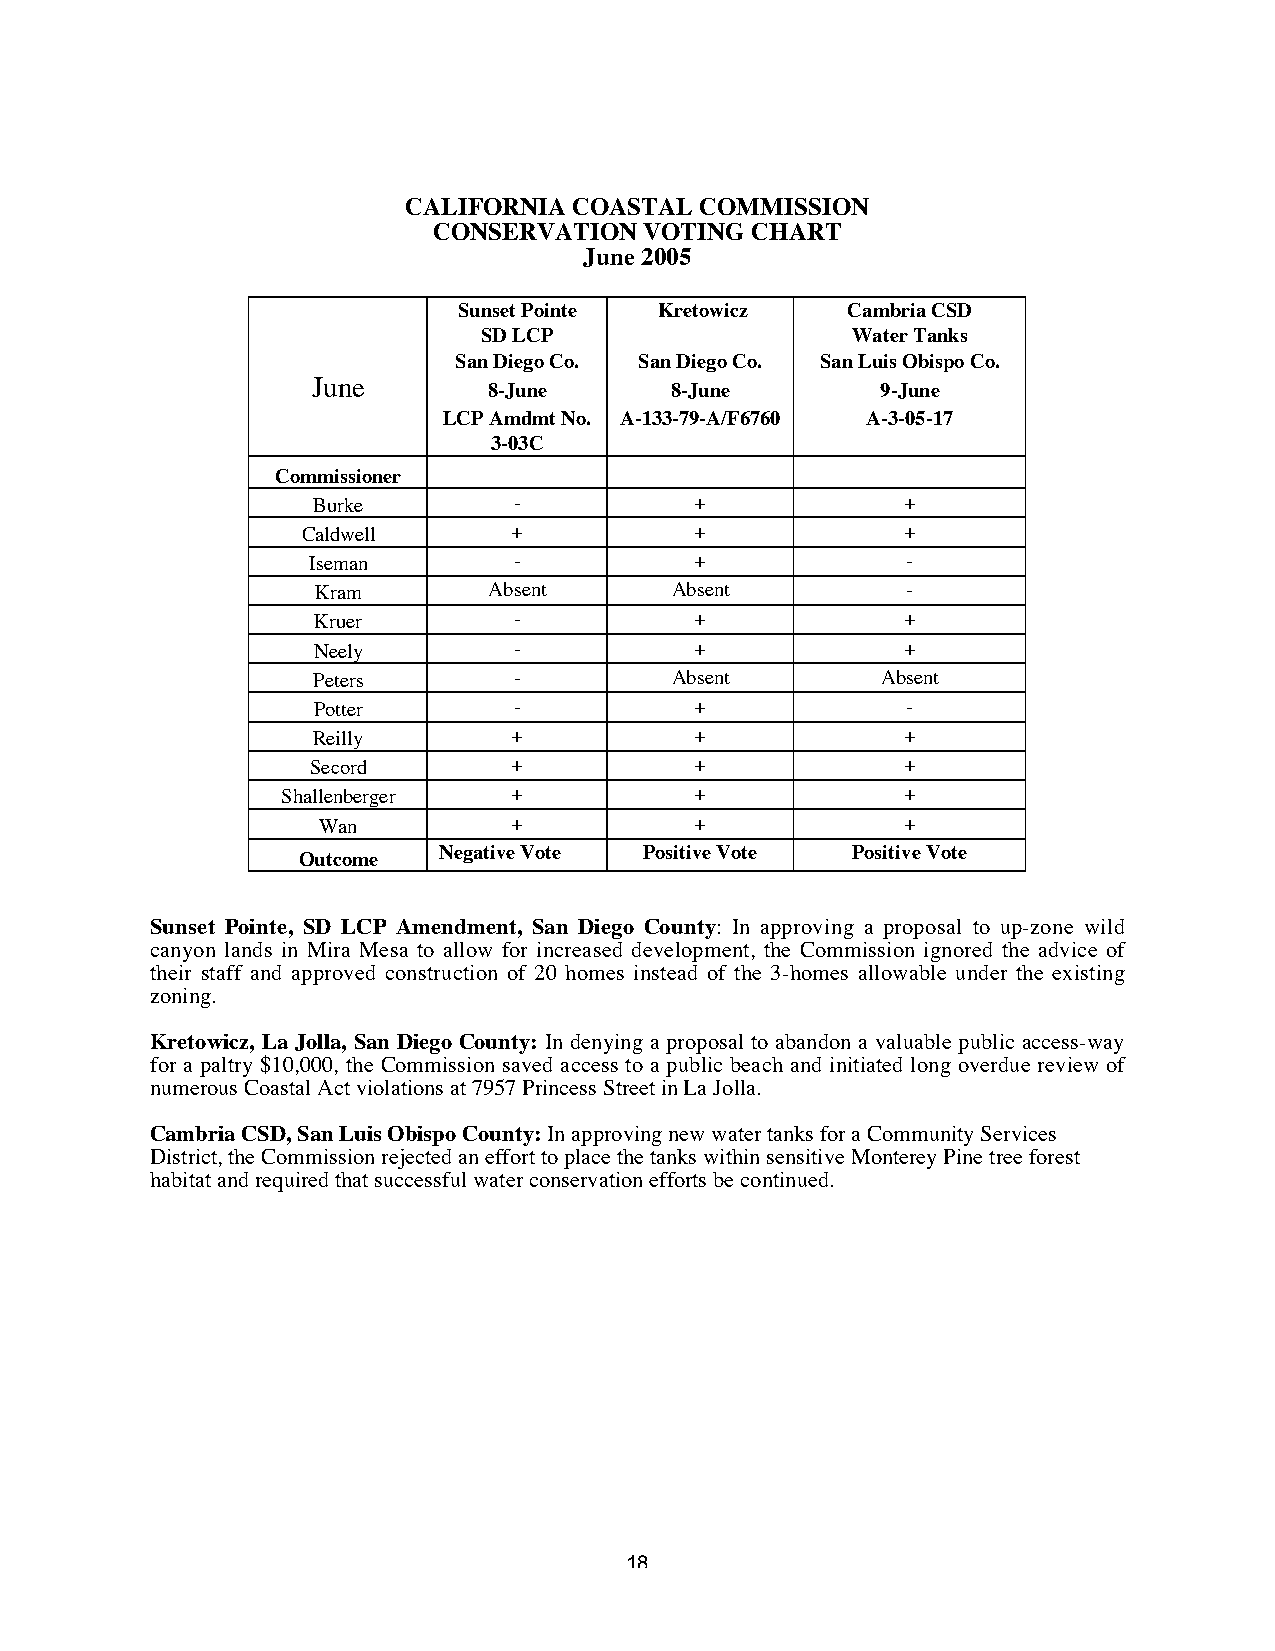
CALIFORNIA COASTAL COMMISSION
 CONSERVATION  VOTING CHART
 June 2005
 Sunset Pointe Kretowicz   Cambria CSD
 SD LCP                  Water Tanks
 San Diego Co. San Diego Co. San Luis Obispo Co.
 June
 8-June      8-June        9-June
 LCP Amdmt No. A-133-79-A/F6760 A-3-05-17
 3-03C
 Commissioner
 Burke        -           +             +
 Caldwell      +           +             +
 Iseman        -           +             -
 Kram       Absent      Absent          -
 Kruer        -           +             +
 Neely        -           +             +
 Peters       -         Absent        Absent
 Potter       -           +             -
 Reilly       +           +             +
 Secord       +           +             +
 Shallenberger  +           +             +
 Wan          +           +             +
 Negative Vote Positive Vote Positive Vote
 Outcome
 Sunset Pointe, SD LCP Amendment, San Diego County: In approving a proposal to up-zone wild
 canyon lands in Mira Mesa to allow for increased development, the Commission ignored the advice of
 their staff and approved construction of 20 homes instead of the 3-homes allowable under the existing
 zoning.
 Kretowicz, La Jolla, San Diego County: In denying a proposal to abandon a valuable public access-way
 for a paltry $10,000, the Commission saved access to a public beach and initiated long overdue review of
 numerous Coastal Act violations at 7957 Princess Street in La Jolla.
 Cambria CSD, San Luis Obispo County: In approving new water tanks for a Community Services
 District, the Commission rejected an effort to place the tanks within sensitive Monterey Pine tree forest
 habitat and required that successful water conservation efforts be continued.
 18